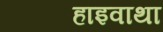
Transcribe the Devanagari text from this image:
हाइवाथा